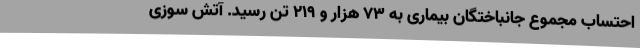
احتساب مجموع جانباختگان بیماری به ۷۳ هزار و ۲۱۹ تن رسید. آتش سوزی